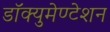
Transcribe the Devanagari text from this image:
डॉक्युमेण्टेशन